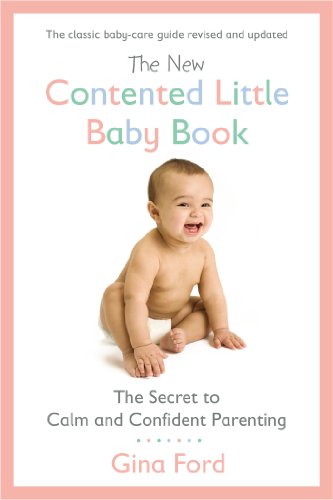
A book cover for The New Contented Little Baby Book: The Secret to Calm and Confident Parenting; Gina Ford; Parenting & Relationships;